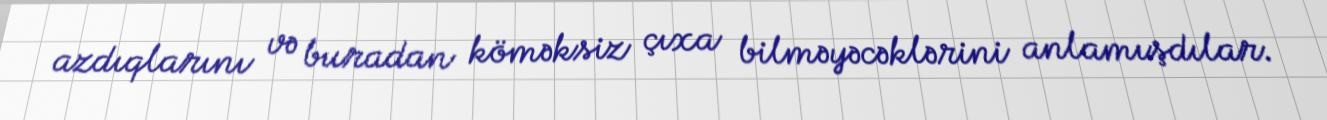
azdıqlarını və buradan köməksiz çıxa bilməyəcəklərini anlamışdılar.